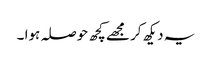
یہ دیکھ کر مجھے کچھ حوصلہ ہوا ۔